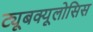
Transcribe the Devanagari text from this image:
ट्यूबक्यूलोसिस